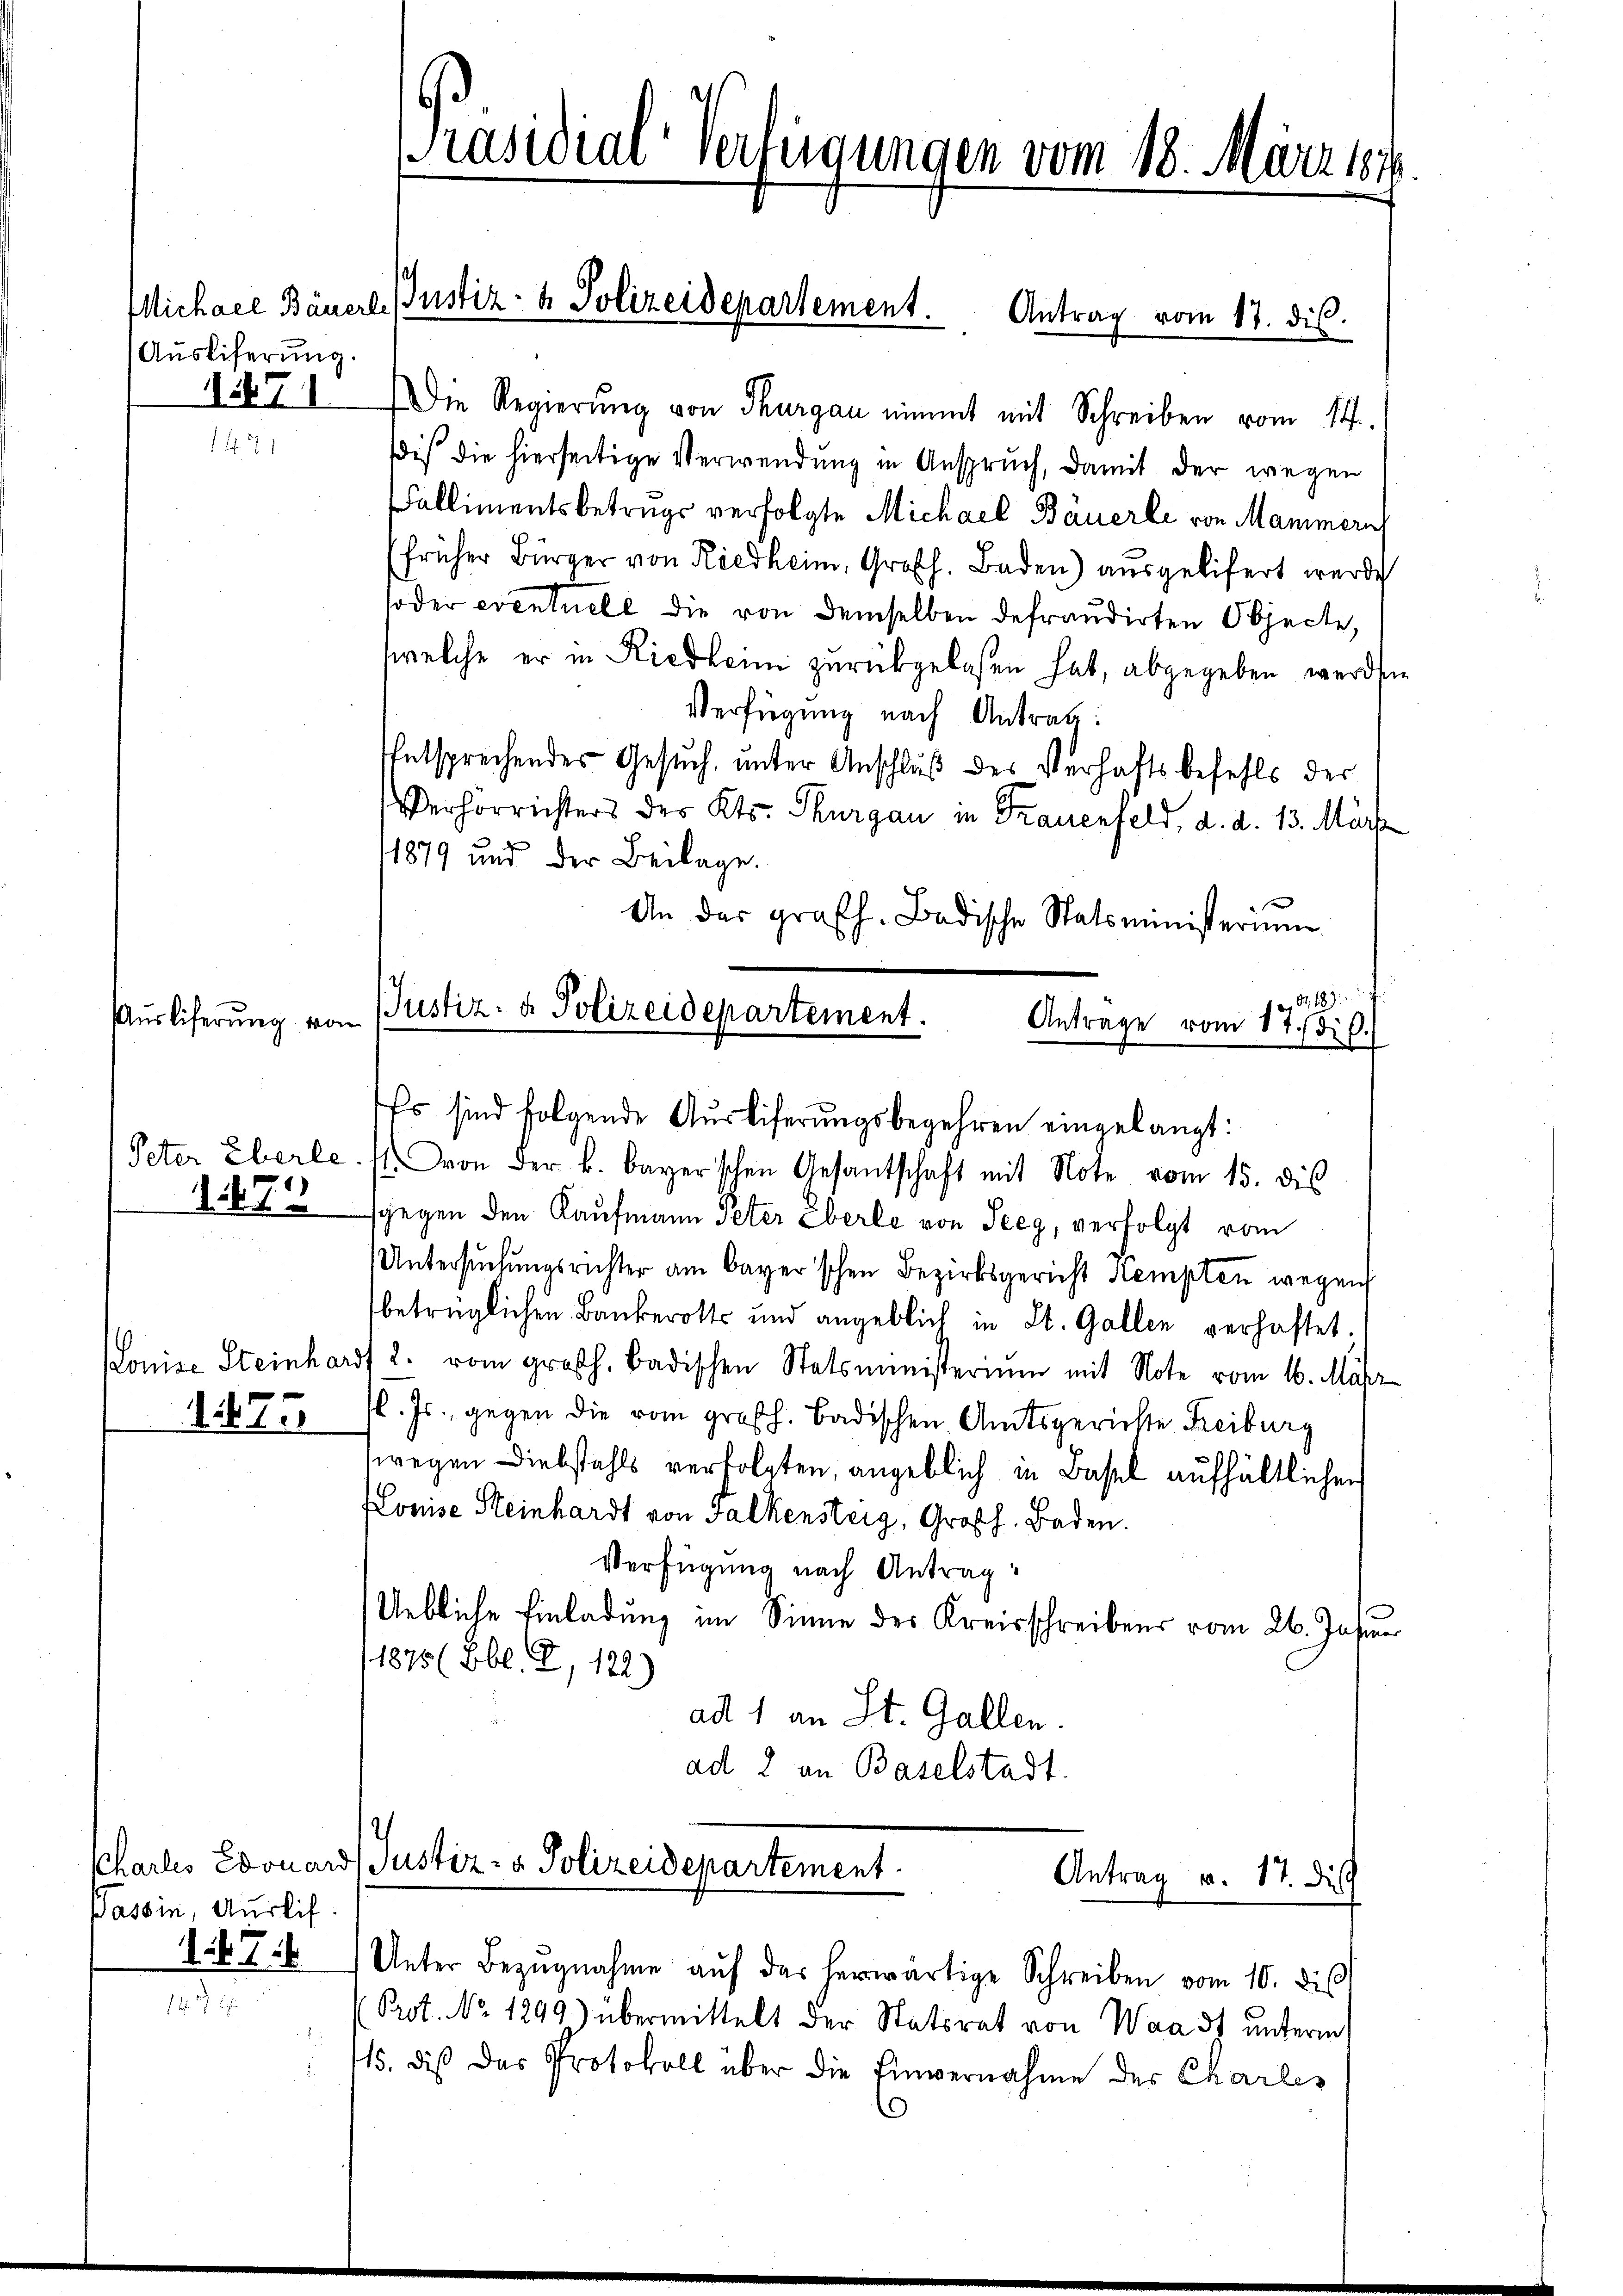
Auslieferung.
154. 71

Auslieferung vor

1475

1475

Bassin, Auslif.
176

Präsidial-Verfügungen vom 18. März 1874.

Die Regierŭng von Thurgau nimmt mit Schreiben vom 14.
dis die hierseitige Verwendung in Anspruch, damit der wegen
allimentsbetrugs verfolgte Michael Bäuerle von Mammern
(früher Bürger von Riedheim, Großh. Baden) ausgelifert werde
soder eventuele die von demselben defraudirten Objecte,
welche er in Riedlein zurückgelaßen hat, abgegeben werden.
Verfügung nach Antrag:
Entsprechendes Gesuch, unter Anschluß des Verhaftsbefehls der
Verhörrichters des Kts. Thurgau in Frauenfeld, d. d. 13. März
11879 und der Beilage.
An das grafh. Badische Statsministerium
.
JJustiz- & Polizeidepartement.
Antrage vom 17. dip.)

Michael Bäuerl. Justiz- & Polizeidepartement. Antrag vom 17. dis

e

Es sind folgende Ausliferungsbegehren eingelangt:
Peter Eberle. (l. von der k. bayerischen Gesantschaft mit Note vom 15. dies
sgegen den Kaufmann Peter Eberle von Seeg, verfolgt vom
Untersuchungsrichter am Bayer'schen Bezirksgericht Kempten wegen
betrüglichen Bankerott und angeblich in St. Gallen verhaftet.
Ponise Steinhardt 2. vom großh. badischen Statsministerium mit Note vom 16. Mär
l. Js., gegen die vom großh. Badischen Amtsgerichte Freiburg
wegen Diebstahls verfolgten, angeblich in Basel aufhältlichen
Louise Steinhardt von Falkensteig, Großh. Baden.
Verfügung nach Antrag:
Uebliche Einladung im Sinne des Kreisschreibens vom 26. Jahr
1875 (Bl. 2, 122)
ad 1 an St. Gallen.
ad 2 an Baselstadt.

Schartes Edouard Justiz- & Polizeidepartement.
Antrag v. 17. di

Unter Bezŭgnahme aŭf das herwärtige Schreiben vom 10. di
Prot. No 1299) übermittelt der Statsrat von Waadt unterm
15. dis das Protokoll über die Einvernahme des Charles